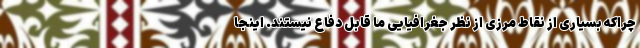
چراکه بسیاری از نقاط مرزی از نظر جغرافیایی ما قابل دفاع نیستند. اینجا